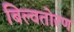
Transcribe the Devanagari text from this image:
बिल्वतोरण